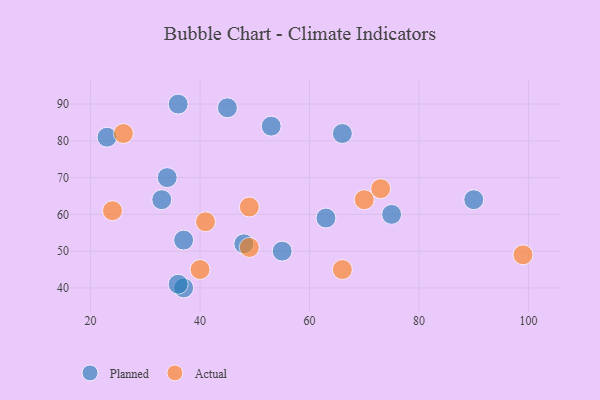
{"axis": {"x": "GDP", "y": "Life Expectancy"}, "legend": ["Actual", "Planned"], "data": [{"x": "75", "y": 60, "type": "Planned"}, {"x": "37", "y": 40, "type": "Planned"}, {"x": "23", "y": 81, "type": "Planned"}, {"x": "55", "y": 50, "type": "Planned"}, {"x": "36", "y": 41, "type": "Planned"}, {"x": "63", "y": 59, "type": "Planned"}, {"x": "45", "y": 89, "type": "Planned"}, {"x": "66", "y": 82, "type": "Planned"}, {"x": "37", "y": 53, "type": "Planned"}, {"x": "48", "y": 52, "type": "Planned"}, {"x": "34", "y": 70, "type": "Planned"}, {"x": "36", "y": 90, "type": "Planned"}, {"x": "33", "y": 64, "type": "Planned"}, {"x": "90", "y": 64, "type": "Planned"}, {"x": "53", "y": 84, "type": "Planned"}, {"x": "49", "y": 62, "type": "Actual"}, {"x": "70", "y": 64, "type": "Actual"}, {"x": "66", "y": 45, "type": "Actual"}, {"x": "26", "y": 82, "type": "Actual"}, {"x": "73", "y": 67, "type": "Actual"}, {"x": "40", "y": 45, "type": "Actual"}, {"x": "24", "y": 61, "type": "Actual"}, {"x": "49", "y": 51, "type": "Actual"}, {"x": "41", "y": 58, "type": "Actual"}, {"x": "99", "y": 49, "type": "Actual"}]}